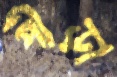
পীড়া